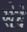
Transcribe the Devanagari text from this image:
सेदे